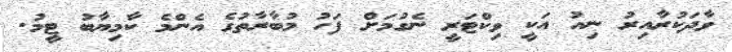
ވާދަކުރާއިރު ނިއު އަކީ ވިކްޓަރީ ނެގުމަށް ފަހު މުބާރާތުގެ އެންމެ ކާމިޔާބު ޓީމު.